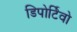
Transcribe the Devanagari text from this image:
डिपोर्टिवो